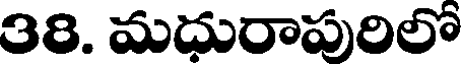
38. మధురాపురిలో